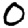
Digit: 0